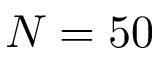
N = 5 0